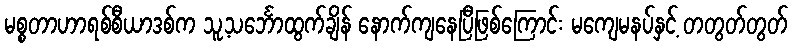
မစ္စတာဟာရစ်စီယာဒစ်က သူ့သင်္ဘောထွက်ချိန် နောက်ကျနေပြီဖြစ်ကြောင်း မကျေမနပ်နှင့် တတွတ်တွတ်